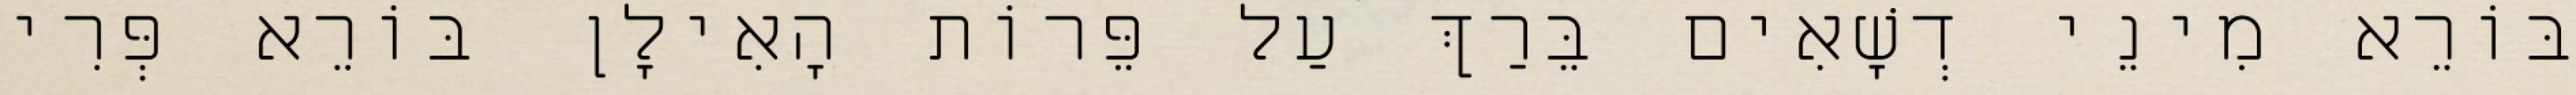
בּוֹרֵא מִינֵי דְשָׁאִים בֵּרַךְ עַל פֵּרוֹת הָאִילָן בּוֹרֵא פְּרִי